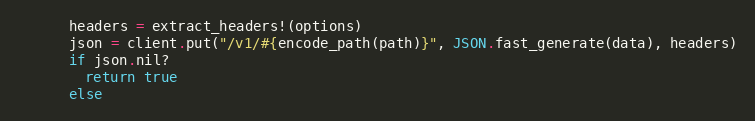
Language: Ruby
      headers = extract_headers!(options)
      json = client.put("/v1/#{encode_path(path)}", JSON.fast_generate(data), headers)
      if json.nil?
        return true
      else